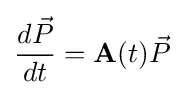
{\frac {d{\vec {P}}}{dt}}=\mathbf {A} (t){\vec {P}}